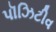
પૉઝિટીવ